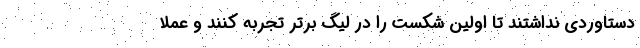
دستاوردی نداشتند تا اولین شکست را در لیگ برتر تجربه کنند و عملاً